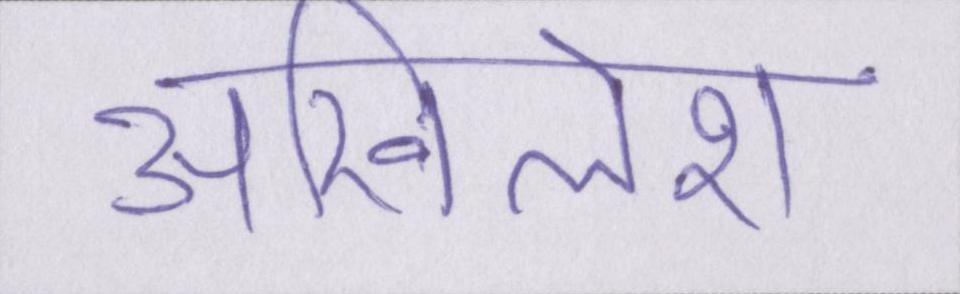
अखिलेश